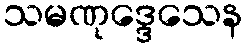
သမဏုဒ္ဒေသေန